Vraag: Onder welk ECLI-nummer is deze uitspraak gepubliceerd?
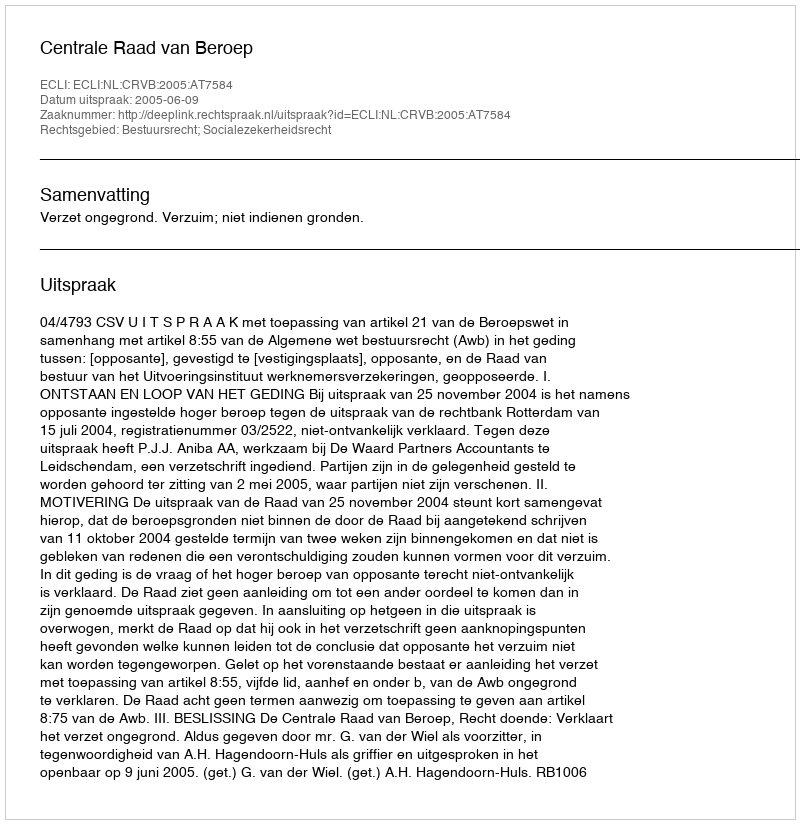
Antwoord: ECLI:NL:CRVB:2005:AT7584